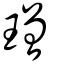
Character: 璔